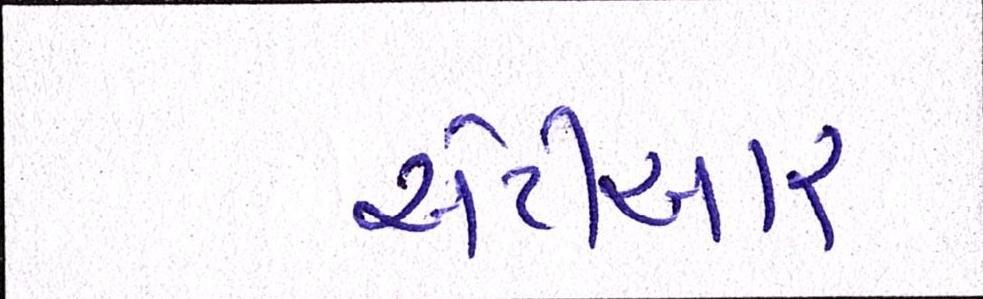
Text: એટીઆર